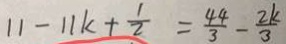
1 1 - 1 1 k + \frac { 1 } { 2 } = \frac { 4 4 } { 3 } - \frac { 2 k } { 3 }